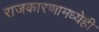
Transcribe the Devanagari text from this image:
राजकारणामध्येही